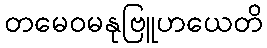
တမေဝမနုဗြူဟယေတိ